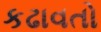
કઢાવતો